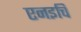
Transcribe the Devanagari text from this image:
एनइचि